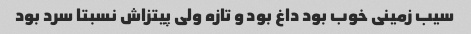
سیب زمینی خوب بود داغ بود و تازه ولی پیتزاش نسبتا سرد بود